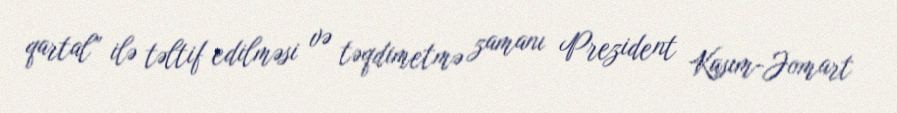
qartal” ilə təltif edilməsi və təqdimetmə zamanı Prezident Kasım-Jomart